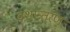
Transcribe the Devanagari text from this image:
वंशान्तरण